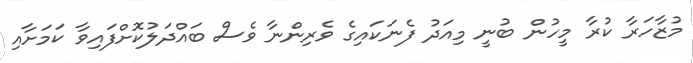
މުޒާހަރާ ކުރާ މީހުން ބުނީ މިއަދު ފެނަކައިގެ ވެރިންނާ ވެސް ބައްދަލުކޮށްފައިވާ ކަމަށާއި